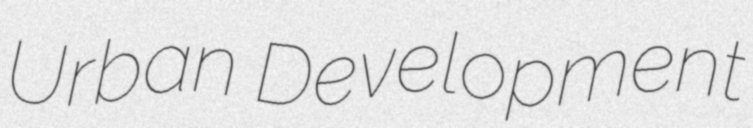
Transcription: Urban Development